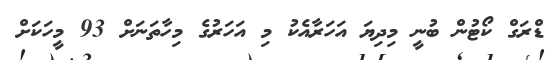
ޑްރަގް ކޯޓުން ބުނީ މިދިޔަ އަހަރާއެކު މި އަހަރުގެ މިހާތަނަށް 93 މީހަކަށް